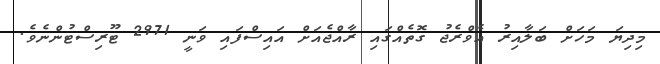
މިދިޔަ މަހަށް ބަލާއިރު އެވްރެޖު ގޮތެއްގައި ރާއްޖެއަށް އައިސްފައި ވަނީ 2971 ޓޫރިސްޓުންނެވެ.